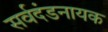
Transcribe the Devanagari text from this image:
सर्वदंडनायक